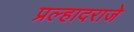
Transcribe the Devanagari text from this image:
प्रल्हादराजे